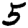
Digit: 5